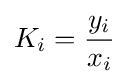
K_{i}={\frac {y_{i}}{x_{i}}}